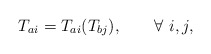
\begin{align*}T_{ai} = T_{ai}(T_{bj}),\qquad\forall\ i , j,\end{align*}